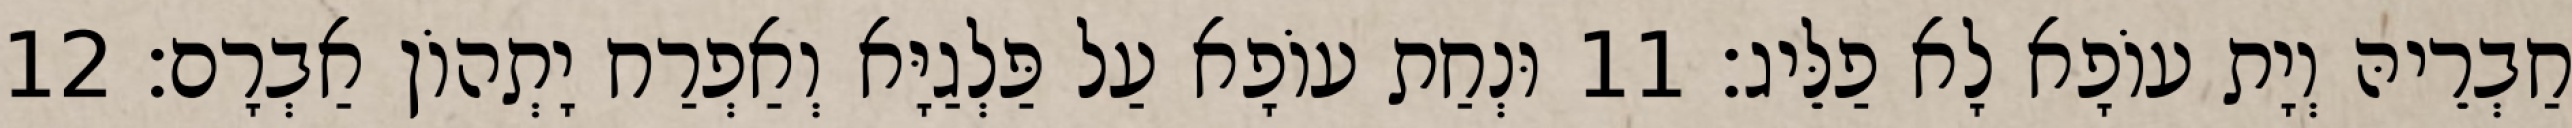
חַבְרֵיהּ וְיָת עוֹפָא לָא פַלֵּיג׃ 11 וּנְחַת עוֹפָא עַל פַּלְגַיָּא וְאַפְרַח יָתְהוֹן אַבְרָם׃ 12